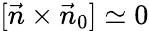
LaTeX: [\vec{n}\times\vec{n}_{0}]\simeq 0